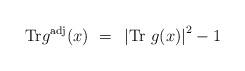
LaTeX: \begin{align*}{\rm Tr} g^{\rm adj}(x)~=~ \left| {\rm Tr}~g(x)\right|^2-1\end{align*}